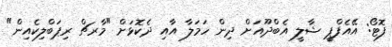
ފޮޓޯ: އޭއެފްޕީ ޝާލީ އެބްދޫއަށް ދިން ހަމަލާ އާއި ދެކޮޅަށް "މާރޗް ރިޕަބްލިކެއިން"